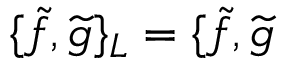
\{ \widetilde { f } , \widetilde { g } \} _ { L } = \{ \widetilde { f } , \widetilde { g }